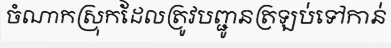
ចំណាកស្រុកដែលត្រូវបញ្ជូនត្រឡប់ទៅកាន់